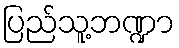
ပြည်သူ့ဘဏ္ဍာ